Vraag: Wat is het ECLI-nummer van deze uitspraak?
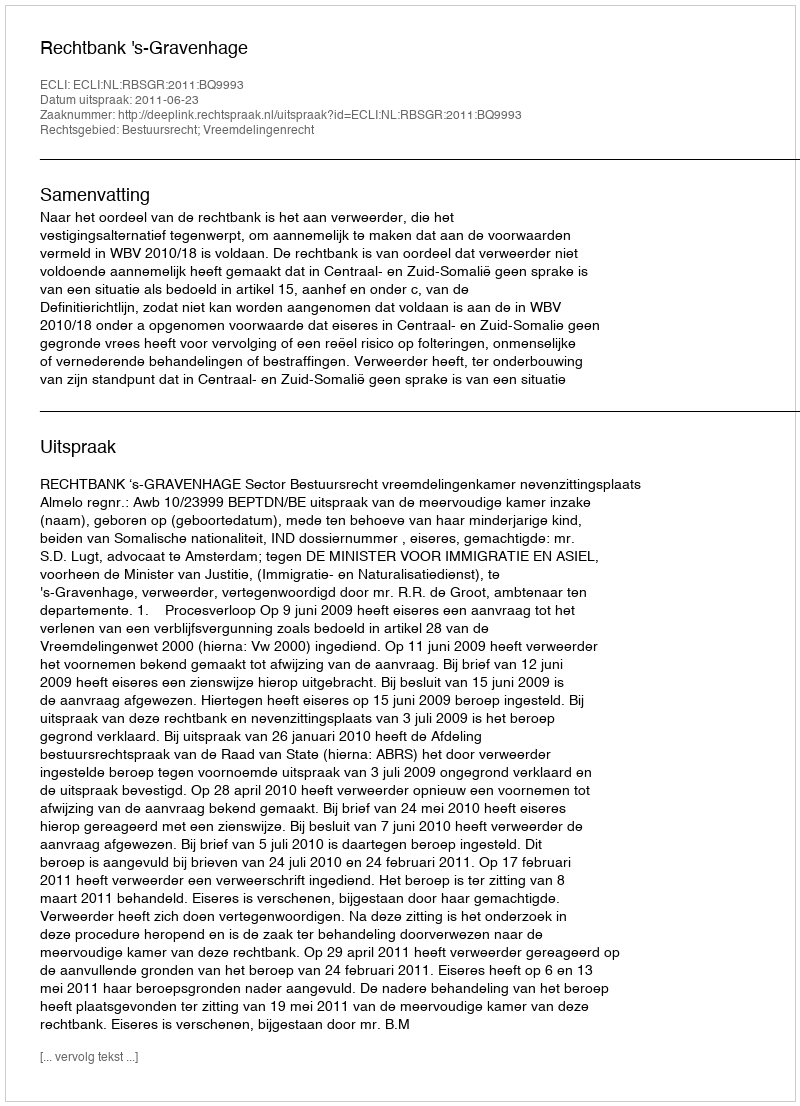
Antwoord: ECLI:NL:RBSGR:2011:BQ9993